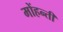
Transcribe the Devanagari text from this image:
मोंहन्ती